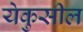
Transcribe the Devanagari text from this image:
येकुसील